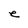
Character: e